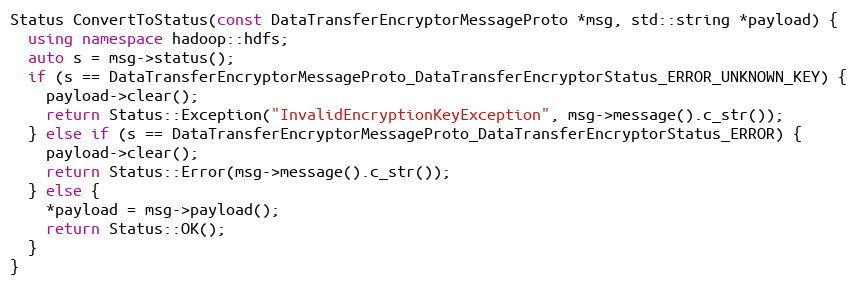
Language: C++
Status ConvertToStatus(const DataTransferEncryptorMessageProto *msg, std::string *payload) {
  using namespace hadoop::hdfs;
  auto s = msg->status();
  if (s == DataTransferEncryptorMessageProto_DataTransferEncryptorStatus_ERROR_UNKNOWN_KEY) {
    payload->clear();
    return Status::Exception("InvalidEncryptionKeyException", msg->message().c_str());
  } else if (s == DataTransferEncryptorMessageProto_DataTransferEncryptorStatus_ERROR) {
    payload->clear();
    return Status::Error(msg->message().c_str());
  } else {
    *payload = msg->payload();
    return Status::OK();
  }
}